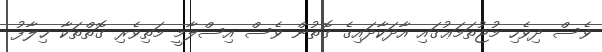
ވެސް ދިވެހި މުޖުތަމަޢުގައި އާދަކާދައިގެ ގޮތުން ވެސް އިސްލާމީ މަތިވެރި ގޮތްތަކާ ޚިލާފު